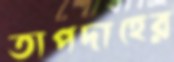
তাপদাহের